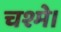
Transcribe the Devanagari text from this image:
चश्मे।